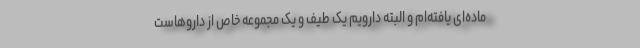
ماده‌ای یافته‌ام و البته دارویم یک طیف و یک مجموعه خاص از داروهاست